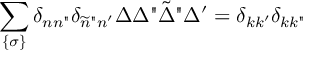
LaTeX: \sum _ { \{ \sigma \} } \delta _ { n n " } \delta _ { \widetilde { n } " n ^ { \prime } } \Delta \Delta " \tilde { \Delta } " \Delta ^ { \prime } = \delta _ { k k ^ { \prime } } \delta _ { k k " }